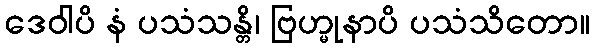
ဒေဝါပိ နံ ပသံသန္တိ၊ ဗြဟ္မုနာပိ ပသံသိတော။